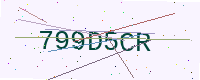
Text: 799D5CR